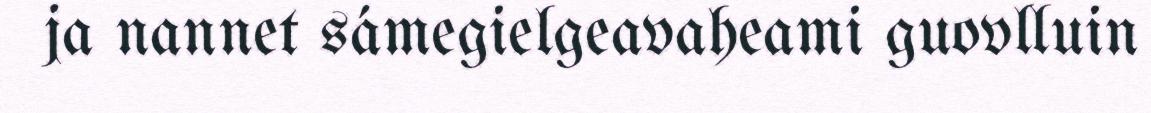
ja nannet sámegielgeavaheami guovlluin